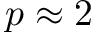
p \approx 2